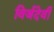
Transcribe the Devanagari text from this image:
विर्जदेवी